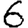
Digit: 6